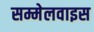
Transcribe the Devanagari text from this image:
सम्मेलवाइस